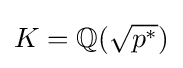
K=\mathbb {Q} ({\sqrt {p^{*}}})